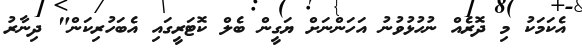
އެކަމަކު މި ދޮރެއް ނުހުޅުވުނު އަހަންނަށް ޔަގީން ބެލް ކޮޓަރީގައި އެބަހުރިކަން" ދިނާރު